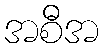
အစီအ